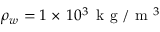
\rho _ { w } = 1 \times \, 1 0 ^ { 3 } \, \mathrm { ~ k ~ g ~ } / \mathrm { ~ m ~ } ^ { 3 }